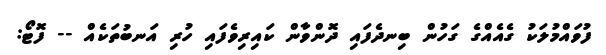
ފުވައްމުލަކު ގެއެއްގެ ގަހުން ބިނދެފައި ދޮންވާން ކައިރިވެފައި ހުރި އަނބުތަކެއް -- ފޮޓޯ: